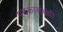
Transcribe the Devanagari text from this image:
पदकासंबंधी